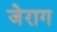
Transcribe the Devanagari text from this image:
जेराग